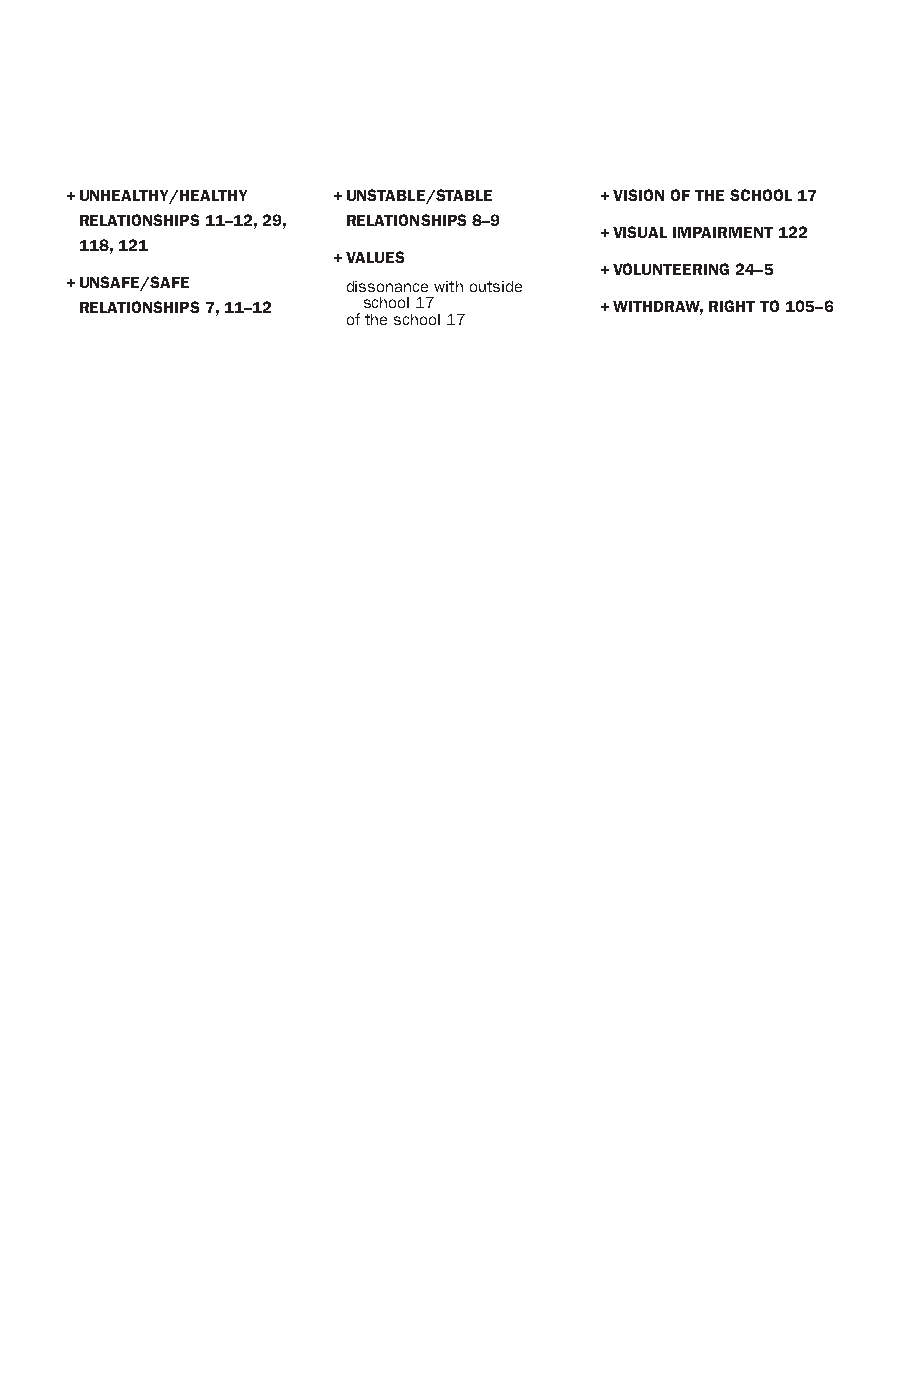
135
 + UNHEALTHY/H EALTHY + UNSTABLE/S TABLE + VISION OF THE SCHOOL 17
 RELATIONSHIPS 11 – 12 , 29 , RELATIONSHIPS 8 – 9
 + VISUAL IMPAIRMENT 122
 118 , 121
 + VALUES
 + VOLUNTEERING 24 – 5
 + UNSAFE/S AFE     dissonance with outside
 RELATIONSHIPS 7 , 11 – 12 school 17 + WITHDRAW, RIGHT TO 105 – 6
 of the school 17
 99778811991133006633665588iinndd__pp113311--113366..iinndddd 113355 0044--MMaarr--2200 2211::1122::5533